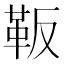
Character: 𲊛